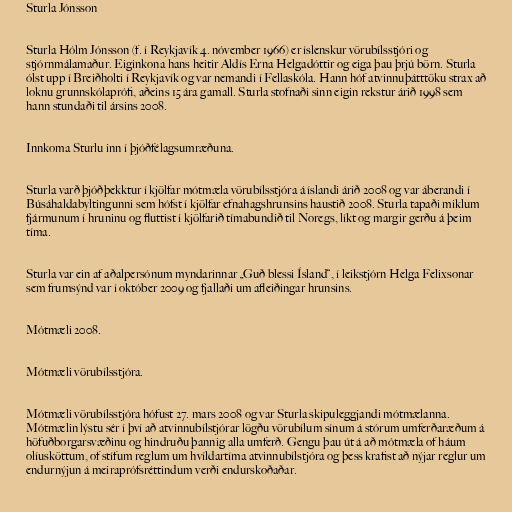
Sturla Jónsson

Sturla Hólm Jónsson (f. í Reykjavík 4. nóvember 1966) er íslenskur vörubílsstjóri og
stjórnmálamaður. Eig­in­kona hans heitir Aldís Erna Helga­dóttir og eiga þau þrjú börn. Sturla
ólst upp í Breiðholti í Reykjavík og var nemandi í Fellaskóla. Hann hóf atvinnuþátttöku strax að
loknu grunnskólaprófi, aðeins 15 ára gamall. Sturla stofnaði sinn eigin rekstur árið 1998 sem
hann stundaði til ársins 2008.

Innkoma Sturlu inn í þjóðfélagsumræðuna.

Sturla varð þjóðþekktur í kjölfar mótmæla vörubílsstjóra á íslandi árið 2008 og var áberandi í
Búsáhaldabyltingunni sem hófst í kjölfar efnahagshrunsins haustið 2008. Sturla tapaði miklum
fjármunum í hruninu og fluttist í kjölfarið tímabundið til Noregs, líkt og margir gerðu á þeim
tíma.

Sturla var ein af aðalpersónum myndarinnar „Guð blessi Ísland“, í leikstjórn Helga Felixsonar
sem frumsýnd var í október 2009 og fjallaði um afleiðingar hrunsins.

Mótmæli 2008.

Mótmæli vörubílsstjóra.

Mótmæli vörubílsstjóra hófust 27. mars 2008 og var Sturla skipuleggjandi mótmælanna.
Mótmælin lýstu sér í því að atvinnubílstjórar lögðu vörubílum sínum á stórum umferðaræðum á
höfuðborgarsvæðinu og hindruðu þannig alla umferð. Gengu þau út á að mótmæla of háum
olíusköttum, of stífum reglum um hvíldartíma atvinnubílstjóra og þess krafist að nýjar reglur um
endurnýjun á meiraprófsréttindum verði endurskoðaðar.